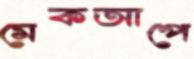
মেকআপে